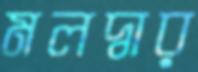
মলদ্বার